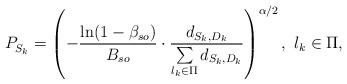
LaTeX: \begin{align*}P_{S_k}^{}=\left( -\frac{\ln(1-\beta_{so})}{B_{so}} \cdot \frac{d_{S_k,D_k}}{\sum\limits_{l_k \in \Pi}d_{S_k,D_k}} \right)^{\alpha/2}, \ l_k \in \Pi,\end{align*}